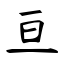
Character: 亘